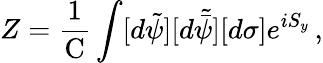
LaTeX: Z=\frac{1}{\mathrm{C}}\int[d\tilde{\psi}][d\tilde{\bar{\psi}}][d\sigma]e^{iS_{y}}\, ,